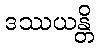
ဒဿယန္တိ